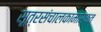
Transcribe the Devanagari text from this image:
सूत्रसंचालकामार्फत